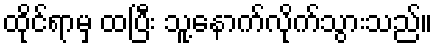
ထိုင်ရာမှ ထပြီး သူ့နောက်လိုက်သွားသည်။